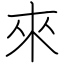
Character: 來